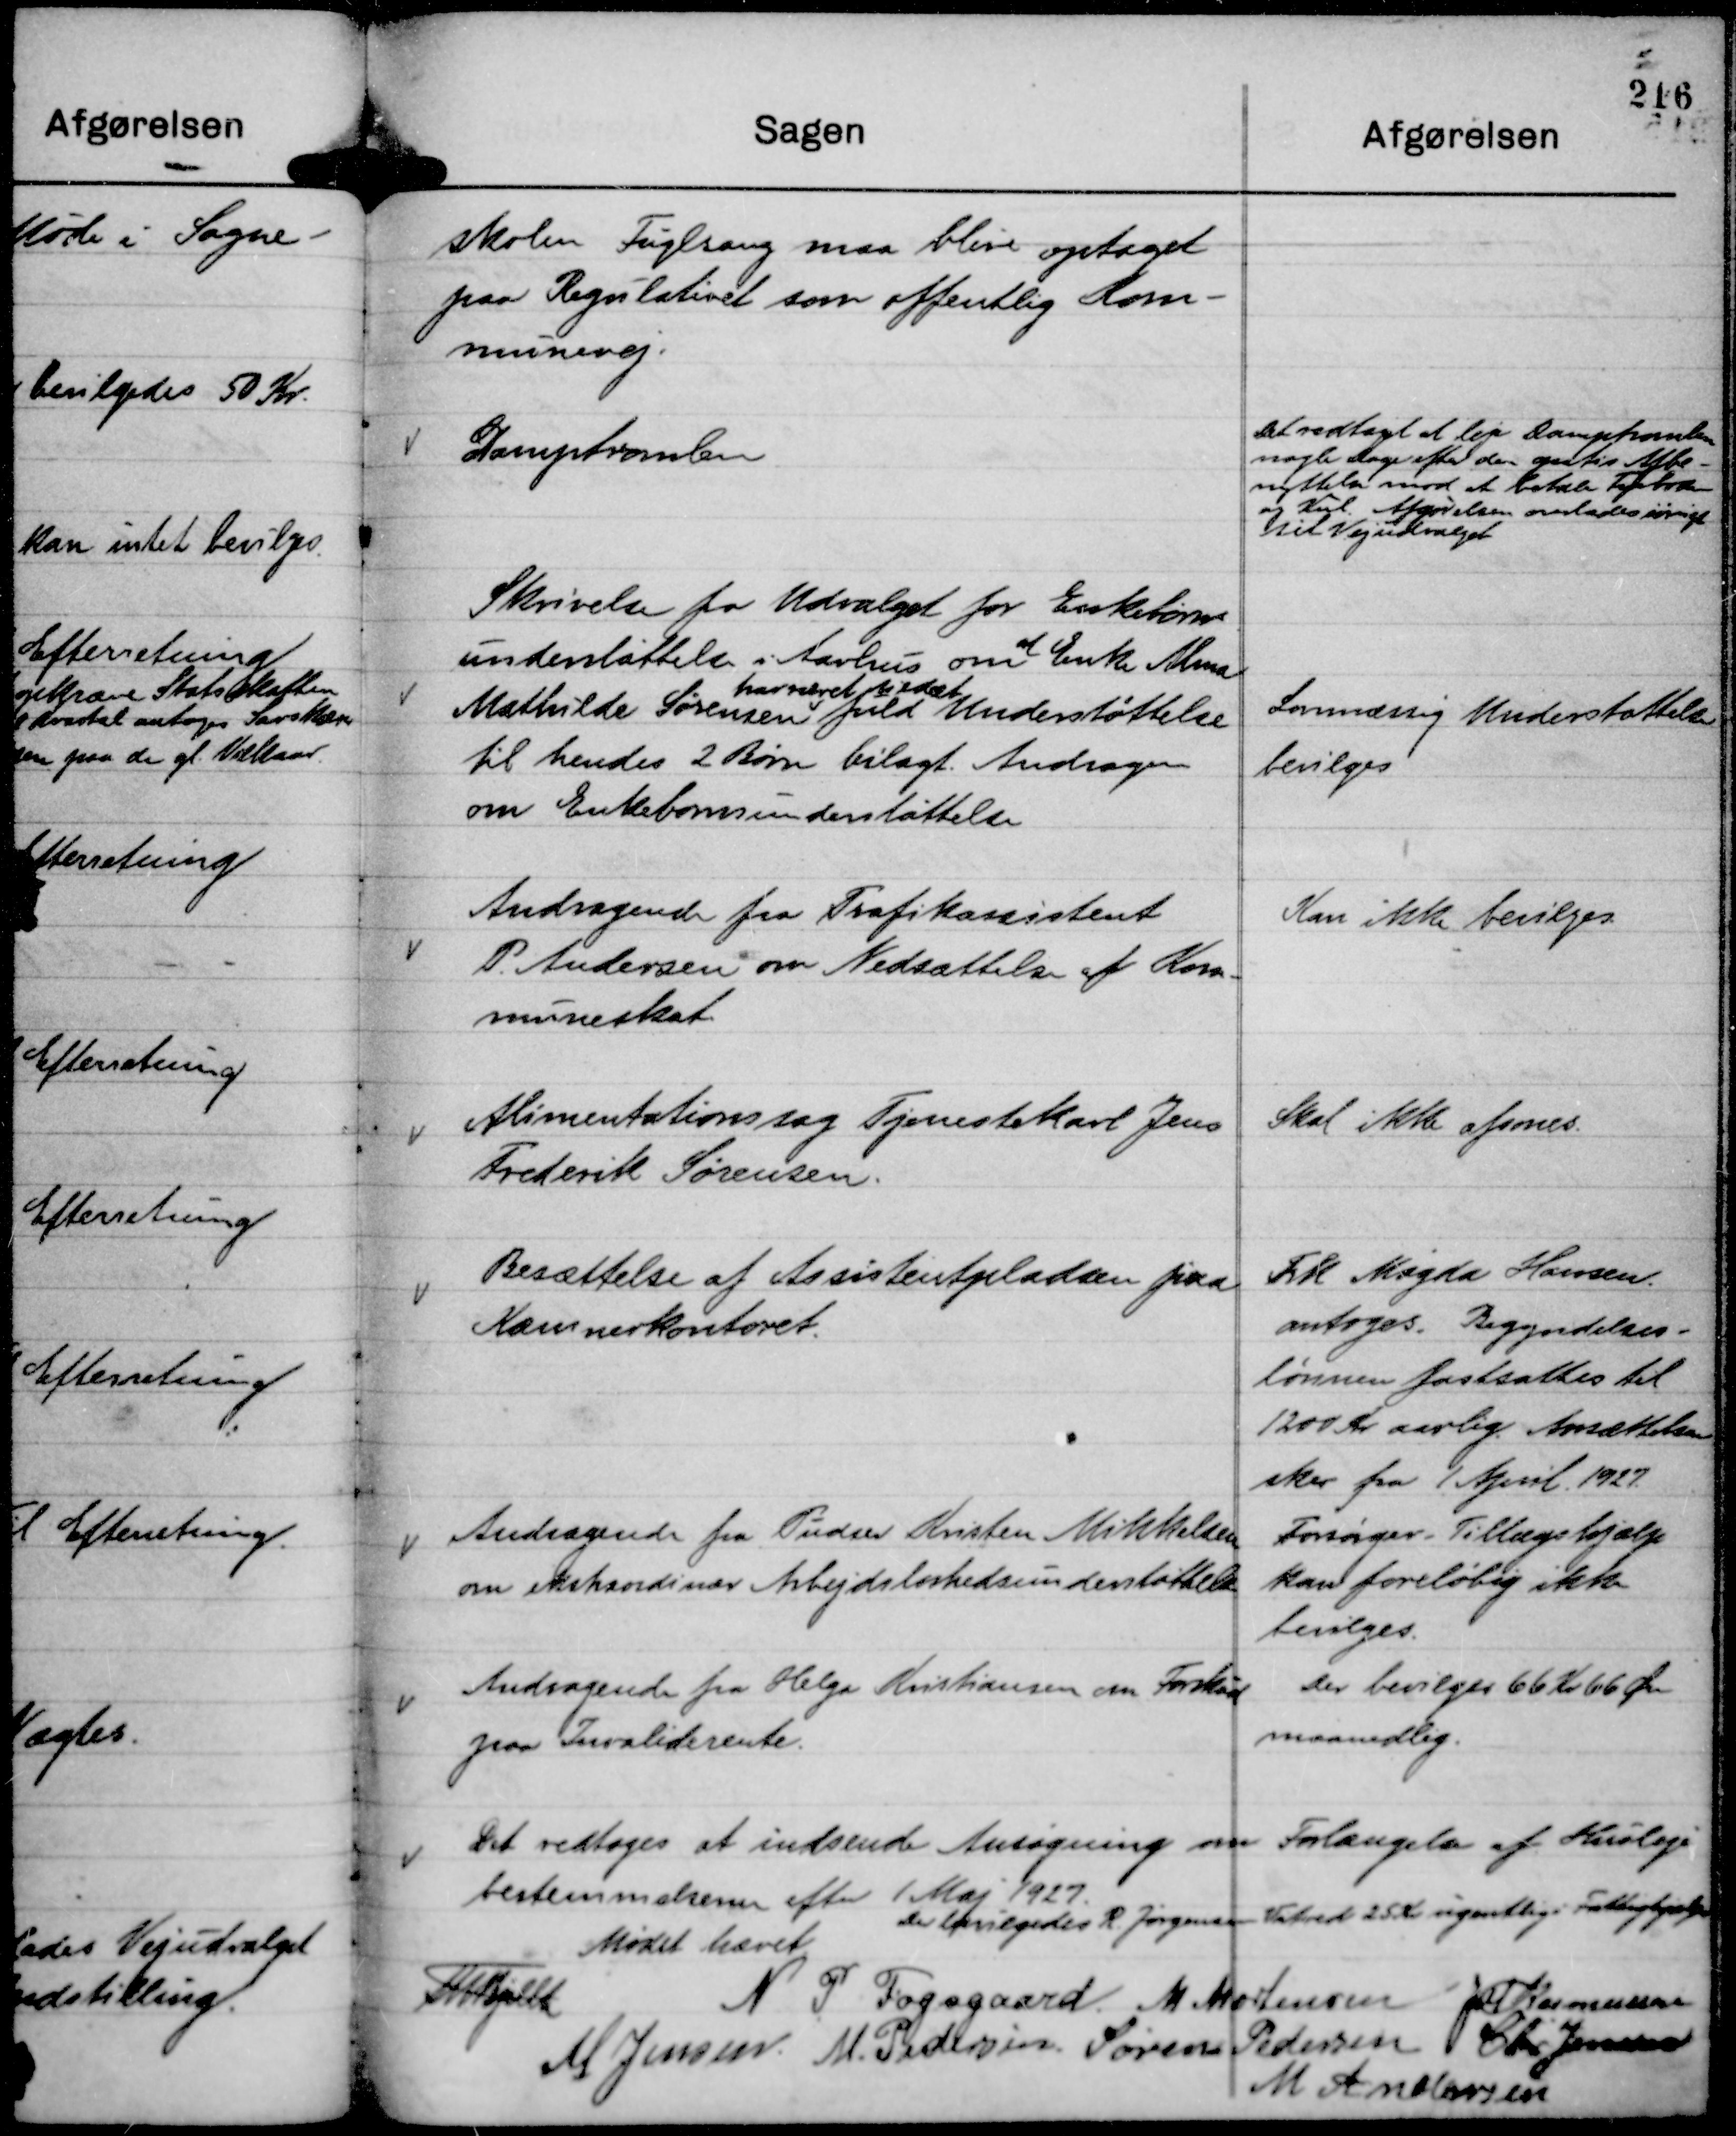
Transskription:
skolen Fuglsang maa blive optaget
paa Regulativet som offentlig Kom-
munevej.

Damptromlen

Det vedtaget at leje Damptromlen
nogle Dage efter den gratis Afbe-
nyttelse mod at betale Fyrbræ
og Kul. Afgørelsen overlades iøvrigt
til Vejudvalget

Skrivelse fra Udvalget for Enkebørns
understøttelse i Aarhus om
at
Enke Alma
Mathilde Sørensen
har været tildelt
fuld Understøttelse
til hendes 2 Børn bilagt. Andragen
om Enkebørnsunderstøttelse

Lovmæssig Understøttelse
bevilges

Andragende fra Trafikassistent
P. Andersen om Nedsættelse af Kom-
muneskat

Kan ikke bevilges

Alimentationssag Tjenestekarl Jens
Frederik Sørensen.

Skal ikke afsones.

Besættelse af Assistentpladsen paa
Kæmnerkontoret.

Frk Magda Hansen.
antoges. Begyndelses-
lønnen fastsattes til
1200 Kr aarlig. Ansættelsen
sker fra 1 April. 1927.

Andragende fra Pudser Kristen Mikkelsen
om ekstraordinær Arbejdsløshedsunderstøttelse

Forsørger - Tillægshjælp
kan foreløbig ikke
bevilges.

Andragende fra Helga Kristiansen om Forskud
paa Invaliderente.

Der bevilges 66 Kr 66 Øre
maanedlig.

Det vedtoges at indsende Ansøgning om Forlængelse af Husleje
bestemmelserne efter 1 Maj 1927.

Der bevilgedes R. Jørgensen Vitved 25 Kr ugentlig i Fattighjælp

Mødet hævet
Th Bjelke
N P Fogsgaard
M Mortensen
JM Rasmussen
M Jensen.
M. Pedersen.
Søren Pedersen
Chr Jensen
M Andersen